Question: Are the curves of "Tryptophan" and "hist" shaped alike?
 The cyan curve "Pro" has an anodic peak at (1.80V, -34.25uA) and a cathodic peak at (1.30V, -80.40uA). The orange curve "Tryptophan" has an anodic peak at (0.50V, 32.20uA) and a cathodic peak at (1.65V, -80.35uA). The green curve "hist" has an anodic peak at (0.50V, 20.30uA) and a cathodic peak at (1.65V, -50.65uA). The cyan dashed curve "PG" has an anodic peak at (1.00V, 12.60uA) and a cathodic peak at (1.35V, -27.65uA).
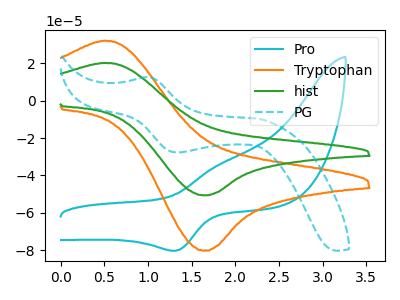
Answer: <think>All the peaks in "Tryptophan" have a peak in "hist" at the same potential. Every peak in "Tryptophan" is higher than every peak in "hist".
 </think>
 <answer>"Tryptophan" and "hist" are similar in shape.</answer>
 <eval>same_shape</eval>